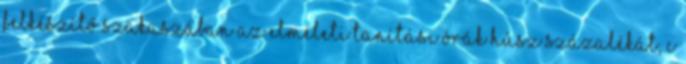
felkészítő szakaszában az elméleti tanítási órák húsz százalékát, c